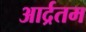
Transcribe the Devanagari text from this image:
आर्द्रतम